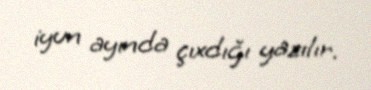
iyun ayında çıxdığı yazılır.